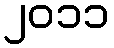
၂၀၁၁